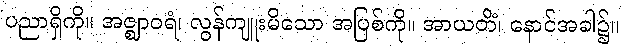
ပညာရှိကို။ အဇ္ဈာဝရံ၊ လွန်ကျူးမိသော အပြစ်ကို။ အာယတိံ၊ နောင်အခါ၌။